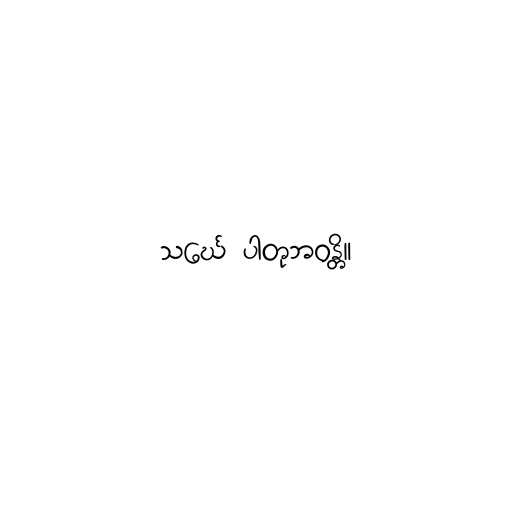
သင်္ဃေ ပါတုဘဝန္တိ။